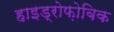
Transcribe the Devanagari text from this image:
हाइड्रोफ़ोबिक